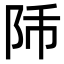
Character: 𨸴